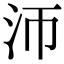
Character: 沞